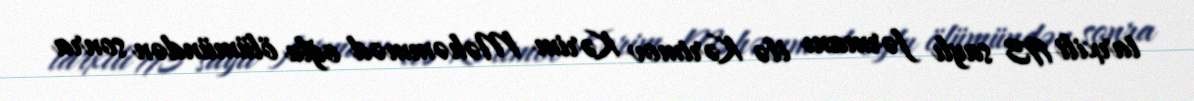
tarxili 193 saylı fərmanı ilə Kərimov Kərim Məhəmməd oğlu ölümündən sonra